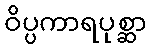
ဝိပ္ပကာရပုစ္ဆာ